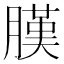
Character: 𦟫